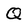
Character: Q